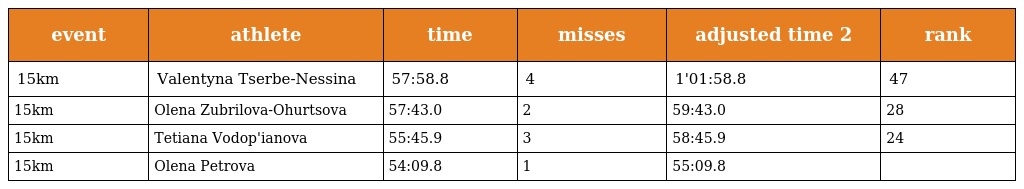
| event | athlete | time | misses | adjusted time 2 | rank |
 | --- | --- | --- | --- | --- | --- |
 | 15km | Valentyna Tserbe-Nessina | 57:58.8 | 4 | 1'01:58.8 | 47 |
 | 15km | Olena Zubrilova-Ohurtsova | 57:43.0 | 2 | 59:43.0 | 28 |
 | 15km | Tetiana Vodop'ianova | 55:45.9 | 3 | 58:45.9 | 24 |
 | 15km | Olena Petrova | 54:09.8 | 1 | 55:09.8 |  |